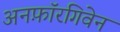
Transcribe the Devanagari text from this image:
अनफ़ॉरगिवेन